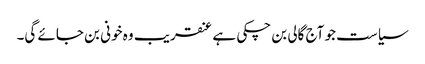
سیاست جو آج گالی بن چکی ہے عنقریب وہ خونی بن جائے گی۔